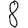
Digit: 8